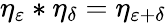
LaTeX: \eta_{\varepsilon}*\eta_{\delta}=\eta_{\varepsilon+\delta}